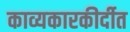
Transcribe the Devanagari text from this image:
काव्यकारकीर्दीत